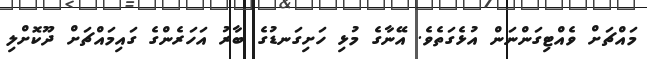
މައްޗަށް ވެއްޓިގަންނަން އުޅެގަތެވެ. އޭނާގެ މުޅި ހަށިގަނޑުގެ ބާރު އަހަރެންގެ ގައިމައްޗަށް ދޫކޮށްލި